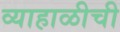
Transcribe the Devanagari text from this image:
व्याहाळीची